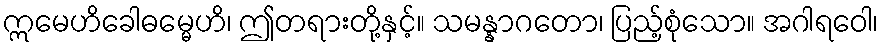
ဣမေဟိခေါဓမ္မေဟိ၊ ဤတရားတို့နှင့်။ သမန္နာဂတော၊ ပြည့်စုံသော။ အဂါရဝေါ၊